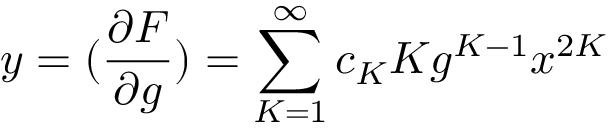
y = ( \frac { \partial F } { \partial g } ) = \sum _ { K = 1 } ^ { \infty } c _ { K } K g ^ { K - 1 } x ^ { 2 K }